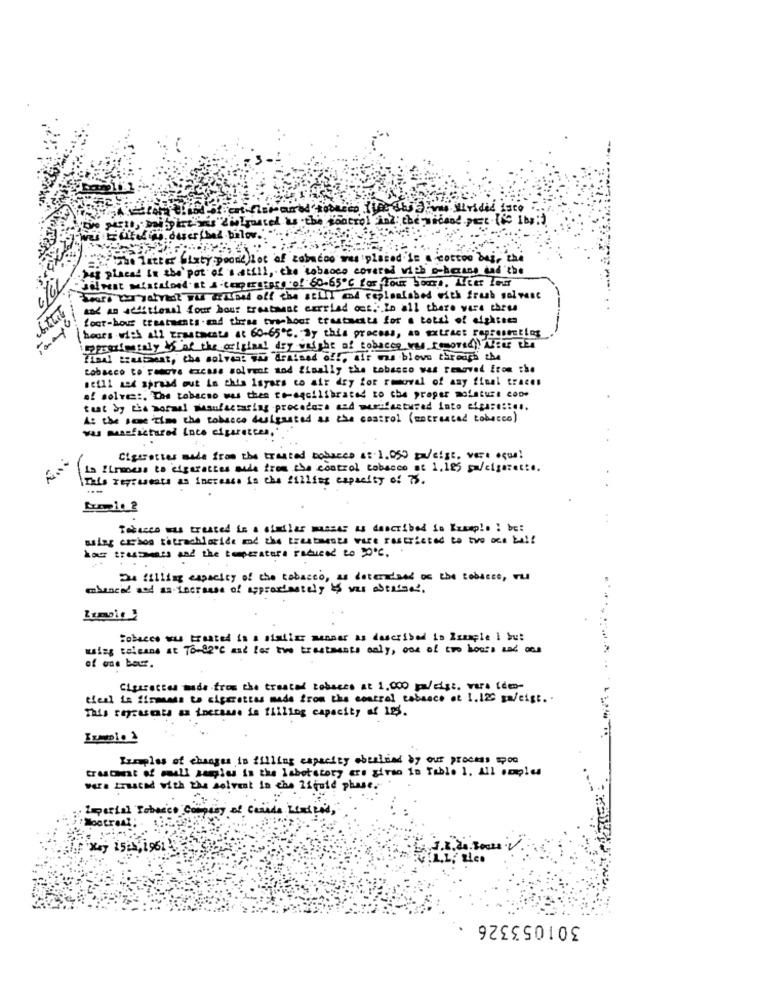
be Kontrol And: the -wicand pet-[le Iba :)
Credit. daser (bez.bil
"the latter Sixty poond)lot of tobacco was placed in . cottoo bei, thi
.Des places in the pot of sstill, the tobacco covered with a haase and the
Sears tar Jatradt wil &Lined off the atill and replonlabed with fresh solwest
and an additional four bour treatment carried out .. In all there were three
foot-hous treatments . and thess tyanhour trustments for a total of eighties
112290
hours with all Erastmente at 60-65℃. By this process, an extract representing
prosimyraly + of the original dry weight of tobacco was removed)! AEur tEn
Final trasbeat, the solves wie drained off. fir mas blown through the
tobacco to comove taccess solvent and finally the tobacco was removed from the
still and spread out in this isyars co air dry for removal of any final traces
of solve :, The tobacco was then reequilibrated to the proper moisture come
that by the normal masufactaring procedure and wennfactured into excusestes.
A: the same time the tobacco designated as the control (socreated tobacco)
was mansfactured Ince cigarettes.
-
Cigerotter made from the treated bobaces a: 1.050 Da/eigt, vers oque!
is firmness to cigarettes made from the control tobacco at 1,12; sa/cigarette.
This represents as increase in the filling expacity of 73.
Tobacco was treated in a similar wasser as described in Ezample : be:
wing cichos tetrachloride and the treatments ware restricted to two oce ball
has trusts and the temperaturs reduced to 20℃ ..
...
Dus filling capacity of the tobacco, as detendaed on the tobacco, vu
enhanced and an increase of approximately 15 was obtained.
Tobacco was treated is a similar mennar as described in Zamaple 1 but
using solenne at To-02℃ and for the treatments only, one of the hours a
of one bar.
Cigarettes made from the treated tobacco at 1,000 pa/digt. vers ide-
tical is firmans to cigarettes made from the control cabasce et 1.120 ga/cigt. .
This represents an increase in filling capacity af 183.
Ezmaples of changes in filling capacity oberlind by our process upon
treschest of moul sugles is the laboratory ers girso in Table 1. All smoles
wars truacad with the solvent in che liquid phase.
May 1543, 1961
301053326